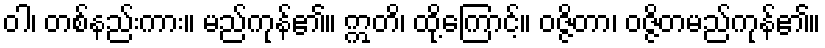
ဝါ၊ တစ်နည်းကား။ မည်ကုန်၏။ ဣတိ၊ ထို့ကြောင့်။ ဝဇ္ဇိတာ၊ ဝဇ္ဇိတမည်ကုန်၏။